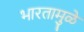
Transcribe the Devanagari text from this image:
भारतामुळे